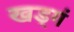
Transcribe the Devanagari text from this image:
खड्गं